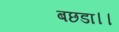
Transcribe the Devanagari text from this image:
बछडा।।